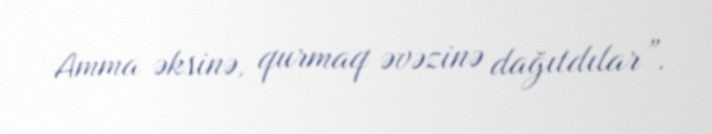
Amma əksinə, qurmaq əvəzinə dağıtdılar”.